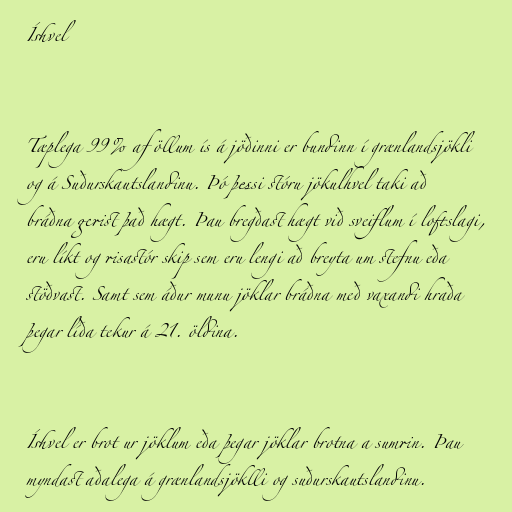
Íshvel

Tæplega 99% af öllum ís á jöðinni er bundinn í grænlandsjökli
og á Suðurskautslandinu. Þó þessi stóru jökulhvel taki að
bráðna gerist það hægt. Þau bregðast hægt við sveiflum í loftslagi,
eru líkt og risastór skip sem eru lengi að breyta um stefnu eða
stöðvast. Samt sem áður munu jöklar bráðna með vaxandi hraða
þegar líða tekur á 21. öldina.

Íshvel er brot ur jöklum eða þegar jöklar brotna a sumrin. Þau
myndast aðalega á grænlandsjöklli og suðurskautslandinu.